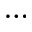
\ldots